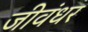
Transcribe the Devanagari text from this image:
जीवंधर